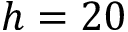
h = 2 0